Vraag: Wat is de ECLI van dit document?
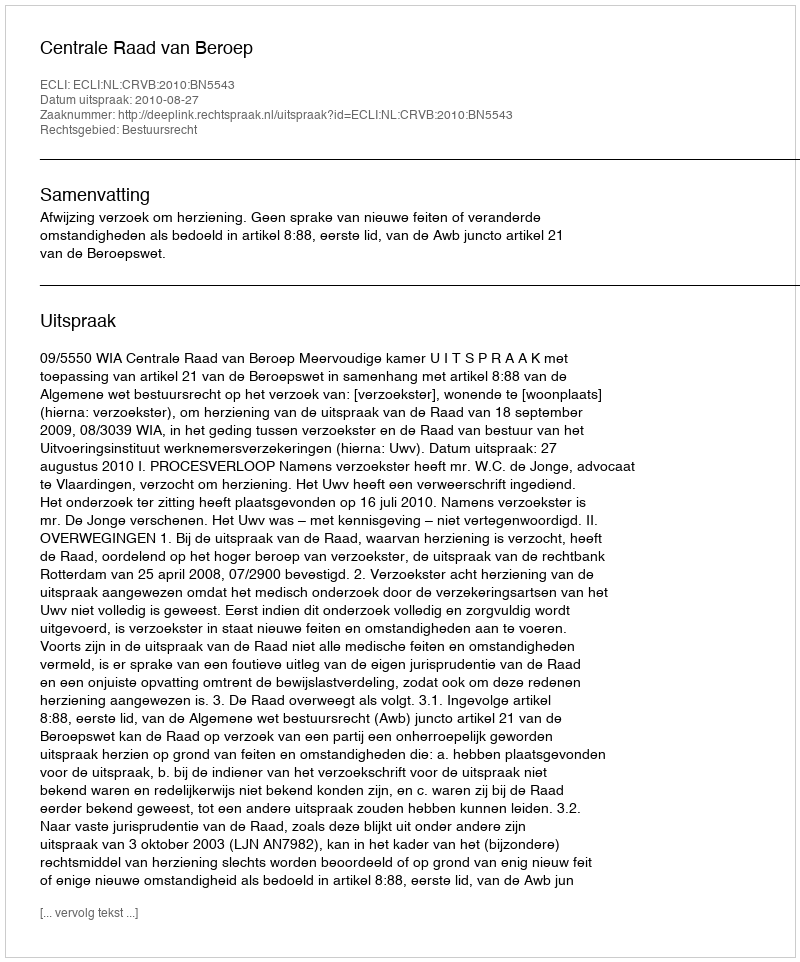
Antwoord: ECLI:NL:CRVB:2010:BN5543